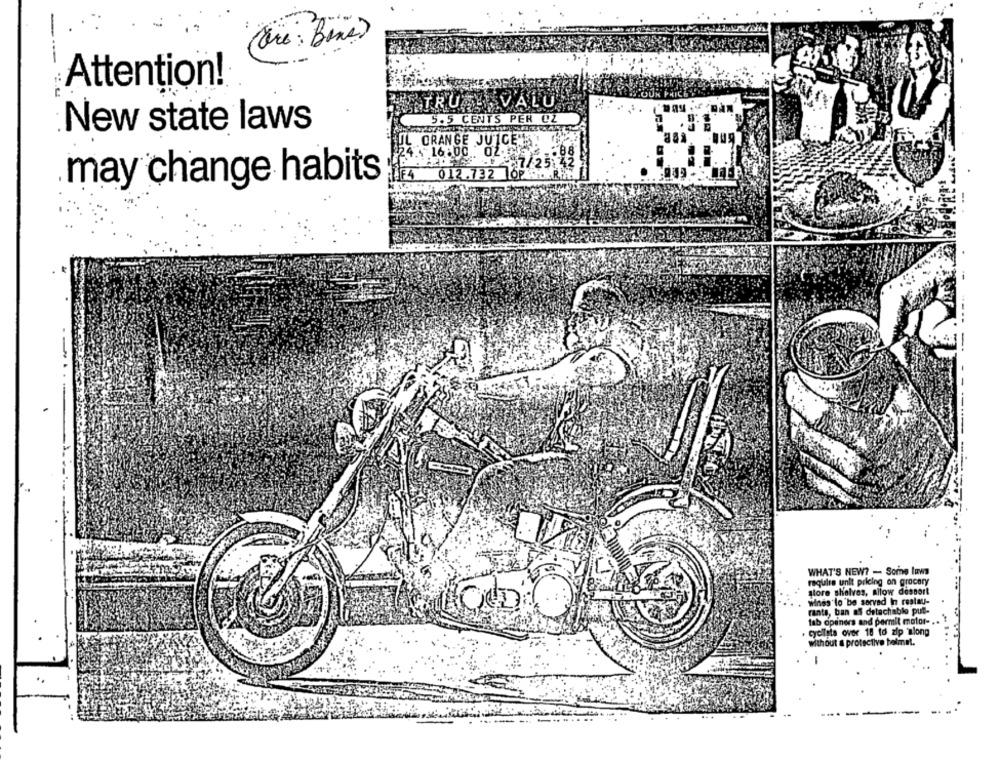
Attention!
TRU VALU
5.5 CENTS PER CZ
New state laws
ORANGE JUICE !!
.16.00 . 02.
012.732 6P
may change habits
WHAT'S NEW? - Some laws
require unit pricing on grocery
store shelves, Allow dessert
winds lo be served In restau-
rants, ban ef detachable put-
tab optiners and permit motor -..
. cyellsta over 18 to zip inlong
without a protective helmet.